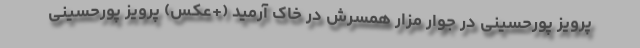
پرویز پورحسینی در جوار مزار همسرش در خاک آرمید (+عکس) پرویز پورحسینی